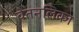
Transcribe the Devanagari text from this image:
वेतनलिका